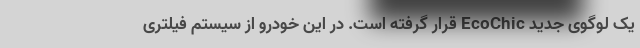
یک لوگوی جدید EcoChic قرار گرفته است. در این خودرو از سیستم فیلتری